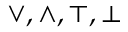
\vee , \wedge , \top , \bot